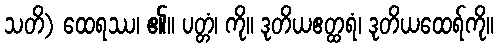
သတိ) ထေရဿ၊ ၏။ ပတ္တံ၊ ကို။ ဒုတိယဧတ္ထရံ၊ ဒုတိယထေရ်ကို။